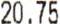
20.75